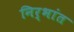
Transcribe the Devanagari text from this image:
निर्भांत